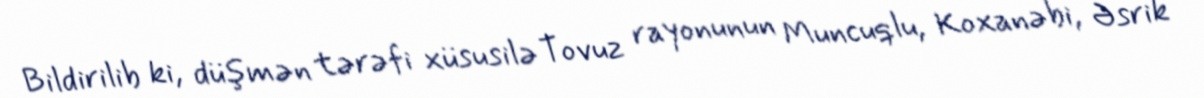
Bildirilib ki, düşmən tərəfi xüsusilə Tovuz rayonunun Muncuqlu, Koxanəbi, Əsrik